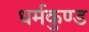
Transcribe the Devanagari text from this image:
धर्मकुण्ड